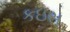
કઇસ